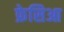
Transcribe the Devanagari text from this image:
फ्रेसिआ